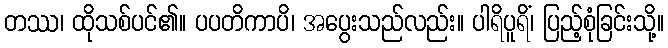
တဿ၊ ထိုသစ်ပင်၏။ ပပတိကာပိ၊ အပွေးသည်လည်း။ ပါရိပူရိံ၊ ပြည့်စုံခြင်းသို့။